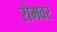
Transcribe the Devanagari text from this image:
रोमवर